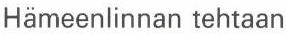
Hämeenlinnan tehtaan